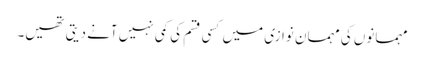
مہمانوں کی مہمان نوازی میں کسی قسم کی کمی نہیں آنے دیتی تھیں۔